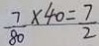
\frac { 7 } { 8 0 } \times 4 0 = \frac { 7 } { 2 }